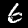
Label: 6